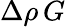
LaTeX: \Delta\rho\, G